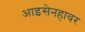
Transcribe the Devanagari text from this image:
आइसेनहावर